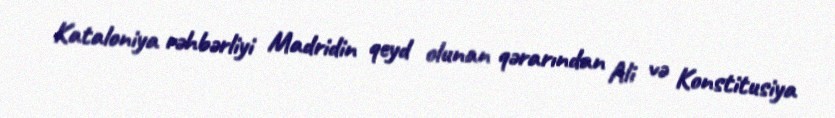
Kataloniya rəhbərliyi Madridin qeyd olunan qərarından Ali və Konstitusiya